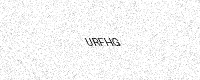
Text: URFHG